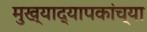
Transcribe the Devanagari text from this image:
मुख्‍याद्यापकांच्‍या